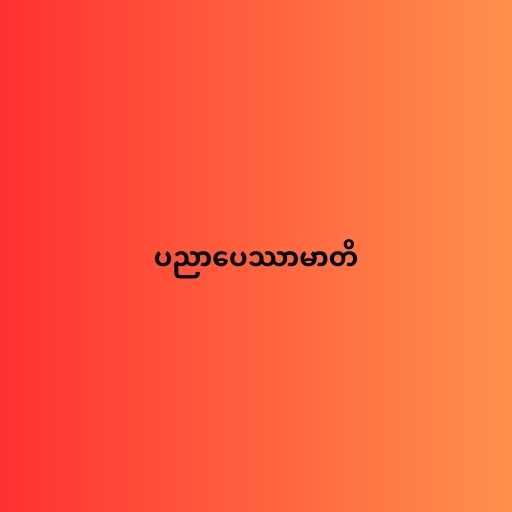
ပညာပေဿာမာတိ